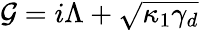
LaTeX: \mathcal{G}=i\Lambda+\sqrt{\kappa_{1}\gamma_{d}}